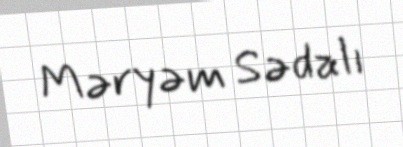
Məryəm Sədalı